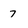
Character: 7